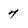
Character: 7